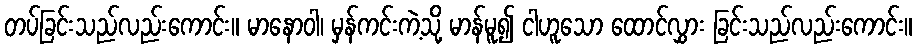
တပ်ခြင်းသည်လည်းကောင်း။ မာနောဝါ၊ မှန်ကင်းကဲ့သို့ မာန်မူ၍ ငါဟူသော ထောင်လွှား ခြင်းသည်လည်းကောင်း။